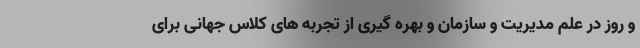
و روز در علم مدیریت و سازمان و بهره گیری از تجربه های کلاس جهانی برای